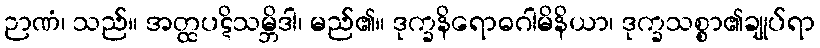
ဉာဏံ၊ သည်။ အတ္ထပဋိသမ္ဘိဒါ၊ မည်၏။ ဒုက္ခနိရောဓဂါမိနိယာ၊ ဒုက္ခသစ္စာ၏ချုပ်ရာ